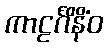
ကာဠင်္ဂိနိံဝ